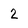
Character: 2